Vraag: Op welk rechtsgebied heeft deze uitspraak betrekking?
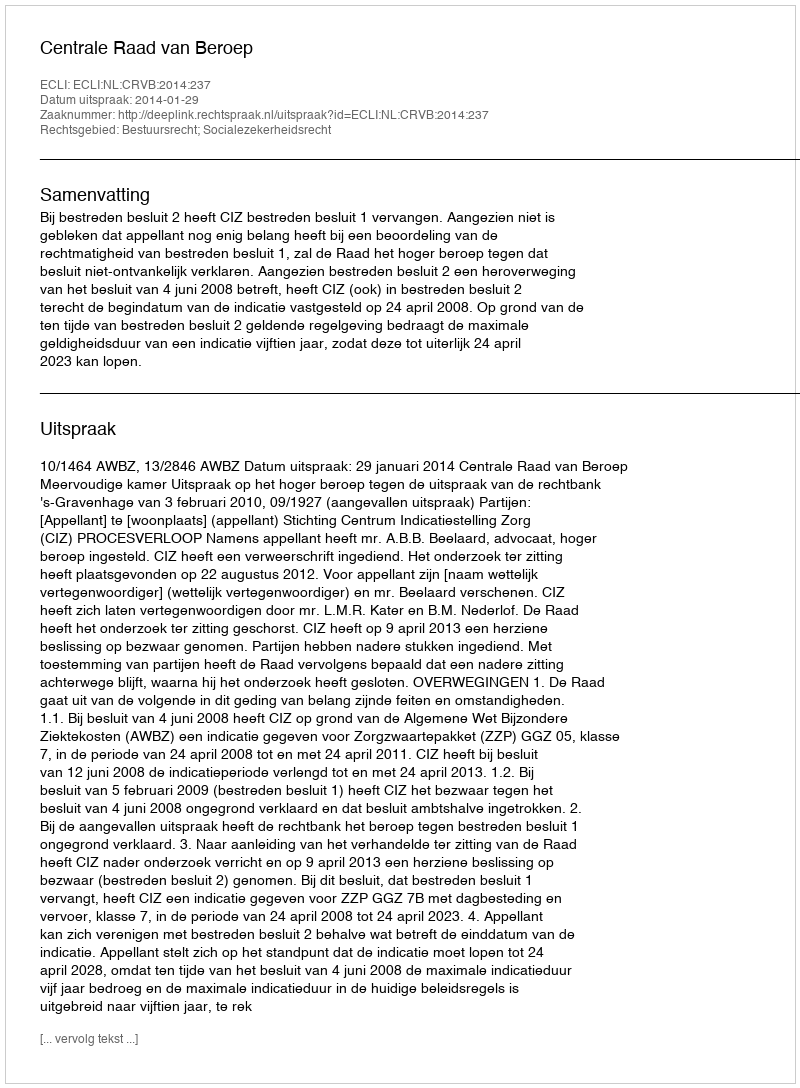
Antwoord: Bestuursrecht; Socialezekerheidsrecht